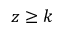
z \geq k